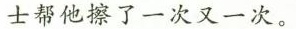
士帮他擦了一次又一次。